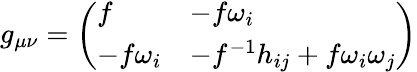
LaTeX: g_{\mu\nu}=\left(\begin{array}{ll}{{f}}&{{-f\omega_{i}}}\\ {{-f\omega_{i}}}&{{-f^{-1}h_{ij}+f\omega_{i}\omega_{j}}}\end{array}\right)